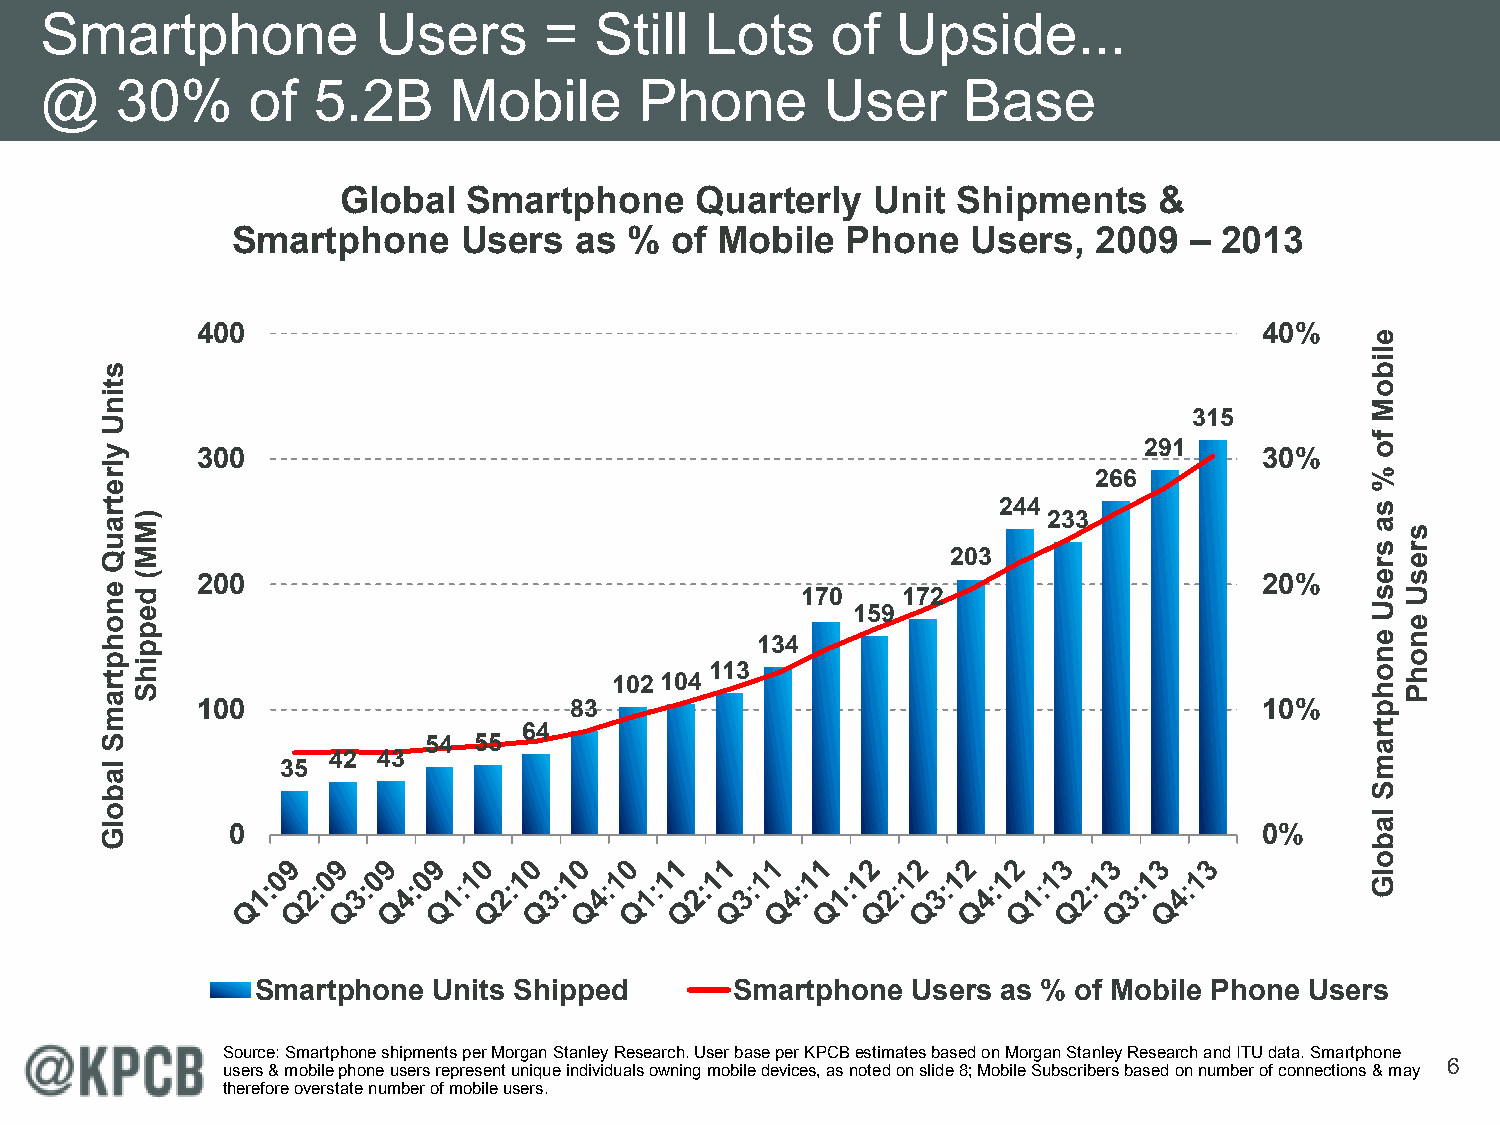
Smartphone            Users      =  Still   Lots    of  Upside...
 @    30%     of   5.2B     Mobile      Phone        User     Base
 Global   Smartphone     Quarterly   Unit Shipments     &
 Smartphone      Users  as  % of Mobile   Phone   Users,   2009  – 2013
 400                                                                    40%
 315
 291 300 30%
 266
 244
 233
 203
 200                                                                    20%
 170    172
 159
 134
 113
 102 104
 100                      83                                            10%
 64
 54 55
 42 43
 35
 0                                                                    0%
 Smartphone  Units Shipped       Smartphone Users as % of Mobile Phone Users
 Source: Smartphone shipments per Morgan Stanley Research. User base per KPCB estimates based on Morgan Stanley Research and ITU data. Smartphone
 6
 users & mobile phone users represent unique individuals owning mobile devices, as noted on slide 8; Mobile Subscribers based on number of connections & may
 therefore overstate number of mobile users.
 stinU
 ylretrauQ
 enohptramS
 labolG
 )MM(
 deppihS
 eliboM
 fo
 %
 sa
 sresU
 enohptramS
 labolG
 sresU
 enohP